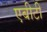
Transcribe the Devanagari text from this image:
एबीटी